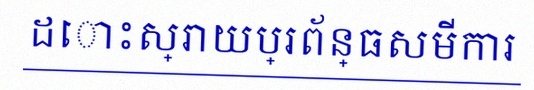
ដោះស្រាយប្រព័ន្ធសមីការ